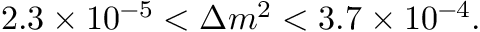
2 . 3 \times 1 0 ^ { - 5 } < \Delta m ^ { 2 } < 3 . 7 \times 1 0 ^ { - 4 } .